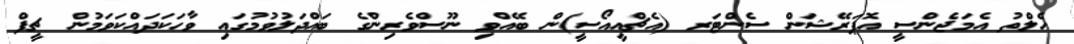
ހެލްތު އެމަޖެންސީ އޮޕަރޭޝަން ސެންޓަރ (އެޗްއީއޯސީ)ން ބޭއްވި ނޫސްވެރިންގެ ބައްދަލުވުމުގައި ވާހަކަދައްކަވަމުން ޗީފް